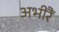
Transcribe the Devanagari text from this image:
अभीरैं